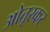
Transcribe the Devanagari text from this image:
ओतूरकर